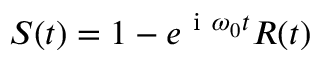
S ( t ) = 1 - e ^ { \ensuremath { \mathrm { ~ i ~ } } \omega _ { 0 } t } R ( t )